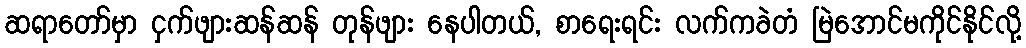
ဆရာတော်မှာ ငှက်ဖျားဆန်ဆန် တုန်ဖျား နေပါတယ်, စာရေးရင်း လက်ကခဲတံ မြဲအောင်မကိုင်နိုင်လို့